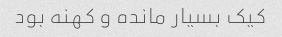
کیک بسیار مانده و کهنه بود